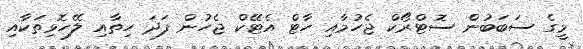
މީގެ ސަބަބުން ސޮޓްރޯކް ޖެހުމާއި ހާޓް އެޓޭކް ޖެހުން ފަދަ ހިތާއި ލޭހޮޅިތަކާއި